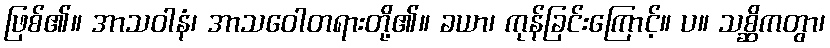
ဖြစ်၏။ အာသဝါနံ၊ အာသဝေါတရားတို့၏။ ခယာ၊ ကုန်ခြင်းကြောင့်။ ပ။ သစ္ဆိကတွာ၊